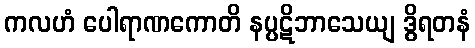
ကလဟံ ပေါရာဏကောတိ နပ္ပဋိဘာသေယျ ဒွိရတနံ